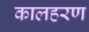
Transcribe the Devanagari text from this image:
कालहरण